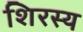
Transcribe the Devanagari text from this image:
शिरस्य